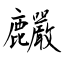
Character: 麣